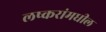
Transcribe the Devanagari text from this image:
लष्करांमधील